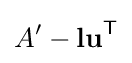
A'-{\bf {lu}}^{\textsf {T}}